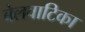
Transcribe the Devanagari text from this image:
बेलवाटिका